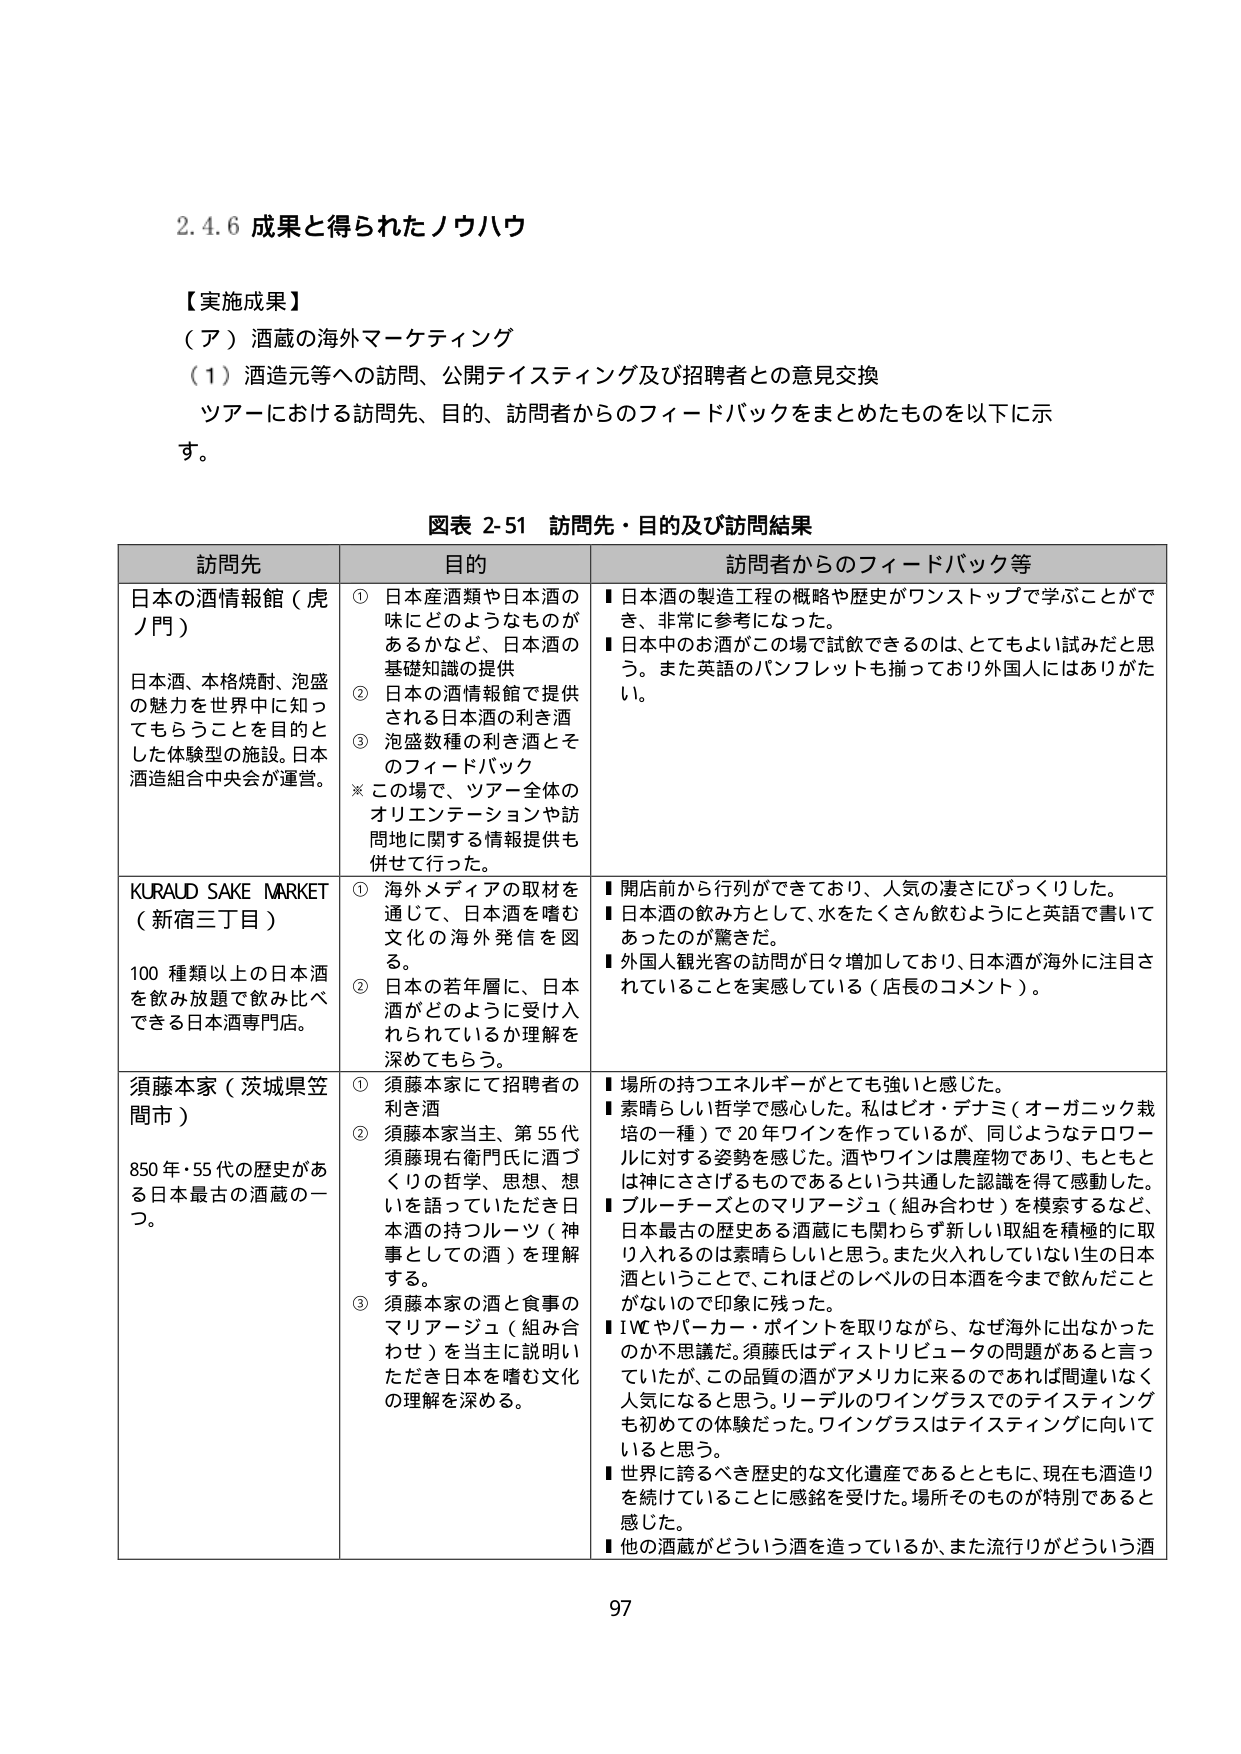
2.4.6 成果と得られたノウハウ

【実施成果】
（ア）酒蔵の海外マーケティング
（1）酒造元等への訪問、公開テイスティング及び招聘者との意見交換
ツアーにおける訪問先、目的、訪問者からのフィードバックをまとめたものを以下に示す。

図表 2-51 訪問先・目的及び訪問結果

訪問先 目的 訪問者からのフィードバック等

日本の酒情報館（虎ノ門）
日本酒、本格焼酎、泡盛の魅力を世界中に知ってもらうことを目的とした体験型の施設。日本酒造組合中央会が運営。
① 日本産酒類や日本酒の味にどのようなものがあるかなど、日本酒の基礎知識の提供
② 日本の酒情報館で提供される日本酒の利き酒
③ 泡盛数種の利き酒とそのフィードバック
※ この場で、ツアー全体のオリエンテーションや訪問地に関する情報提供も併せて行った。
■ 日本酒の製造工程の概略や歴史がワンストップで学ぶことができ、非常に参考になった。
■ 日本中のお酒がこの場で試飲できるのは、とてもよい試みだと思う。また英語のパンフレットも揃っており外国人にはありがたい。

KURAUD SAKE MARKET（新宿三丁目）
100 種類以上の日本酒を飲み放題で飲み比べできる日本酒専門店。
① 海外メディアの取材を通じて、日本酒を嗜む文化の海外発信を図る。
② 日本の若年層に、日本酒がどのように受け入れられているか理解を深めてもらう。
■ 開店前から行列ができており、人気の凄さにびっくりした。
■ 日本酒の飲み方として、水をたくさん飲むようにと英語で書いてあったのが驚きだ。
■ 外国人観光客の訪問が日々増加しており、日本酒が海外に注目されていることを実感している（店長のコメント）。

須藤本家（茨城県笠間市）
850 年・55 代の歴史がある日本最古の酒蔵の一つ。
① 須藤本家にて招聘者の利き酒
② 須藤本家当主、第 55 代須藤現右衛門氏に酒づくりの哲学、思想、想いを語っていただき日本酒の持つルーツ（神事としての酒）を理解する。
③ 須藤本家の酒と食事のマリアージュ（組み合わせ）を当主に説明いただき日本を嗜む文化の理解を深める。
■ 場所の持つエネルギーがとても強いと感じた。
■ 素晴らしい哲学で感心した。私はピオ・デナミ（オーガニック栽培の一種）で 20 年ワインを作っているが、同じようなテロワールに対する姿勢を感じた。酒やワインは農産物であり、もともとは神にささげるものであるという共通した認識を得て感動した。
■ ブルーチーズとのマリアージュ（組み合わせ）を模索するなど、日本最古の歴史ある酒蔵にも関わらず新しい取組を積極的に取り入れるのは素晴らしいと思う。また火入れしていない生の日本酒ということで、これほどのレベルの日本酒を今まで飲んだことがないので印象に残った。
■ IWC やパーカー・ポイントを取りながら、なぜ海外に出なかったのか不思議だ。須藤氏はディストリビュータの問題があると言っていたが、この品質の酒がアメリカに来るのであれば間違いなく人気になると思う。リーデルのワイングラスでのテイスティングも初めての体験だった。ワイングラスはテイスティングに向いていると思う。
■ 世界に誇るべき歴史的な文化遺産であるとともに、現在も酒造りを続けていることに感銘を受けた。場所そのものが特別であると感じた。
■ 他の酒蔵がどういう酒を造っているか、また流行りがどういう酒

97